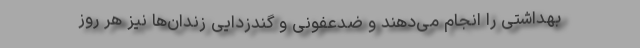
بهداشتی را انجام می‌دهند و ضدعفونی و گندزدایی زندان‌ها نیز هر روز